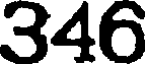
346